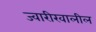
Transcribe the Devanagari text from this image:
ज्वारीखालील